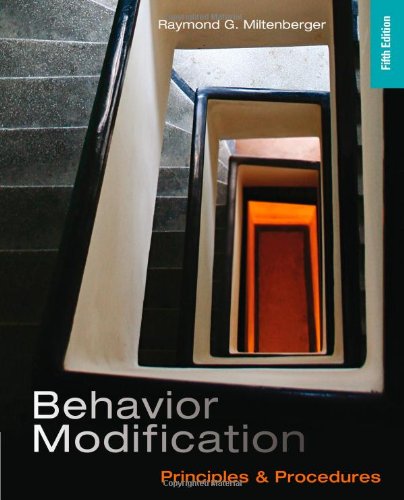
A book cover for Behavior Modification: Principles and Procedures; Raymond G. Miltenberger; Medical Books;